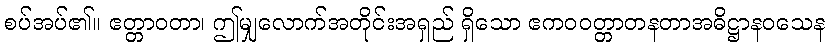
စပ်အပ်၏။ ဧတ္တာဝတာ၊ ဤမျှလောက်အတိုင်းအရှည် ရှိသော ဧကဝဝတ္တာတနတာအဓိဋ္ဌာနဝသေန